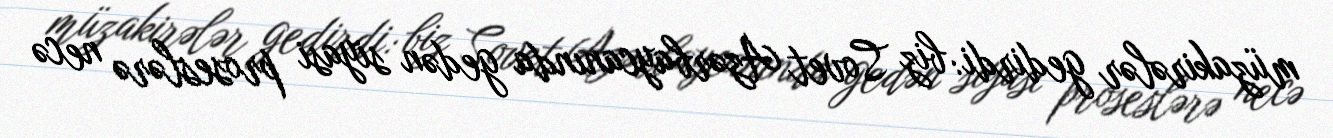
müzakirələr gedirdi: biz Sovet Azərbaycanında gedən siyasi proseslərə necə